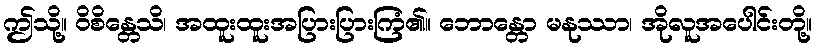
ဤသို့။ ဝိစိန္တေသိ၊ အထူးထူးအပြားပြားကြံ၏။ ဘောန္တော မနုဿာ၊ အိုလူအပေါင်းတို့။